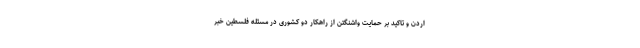
اردن و تاکید بر حمایت واشنگتن از راهکار دو کشوری در مسئله فلسطین خبر